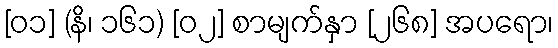
[၀၁] (နိ၊ ၁၆၁) [၀၂] စာမျက်နှာ [၂၆၈] အပရော၊